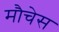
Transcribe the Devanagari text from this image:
मौचेस